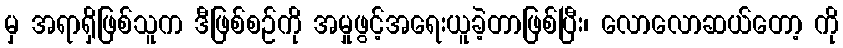
မှ အရာရှိဖြစ်သူက ဒီဖြစ်စဉ်ကို အမှုဖွင့်အရေးယူခဲ့တာဖြစ်ပြီး၊ လောလောဆယ်တော့ ကို